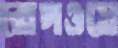
রোপওয়ে